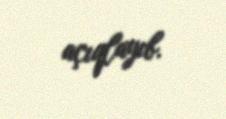
açıqlayıb.